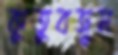
কুতুবজুম